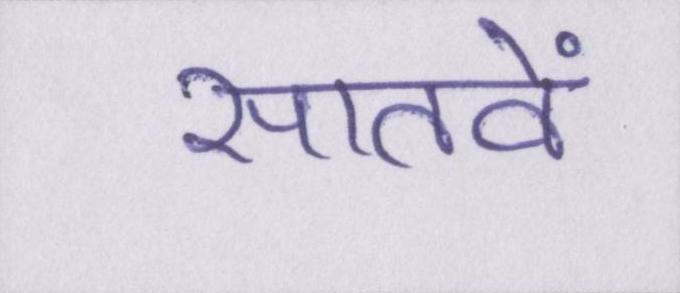
सातवें